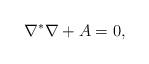
LaTeX: \begin{align*} \nabla^*\nabla+A=0,\end{align*}